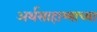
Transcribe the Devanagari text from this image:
अर्थसाहाय्याच्या